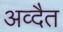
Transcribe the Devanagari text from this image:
अव्दैत